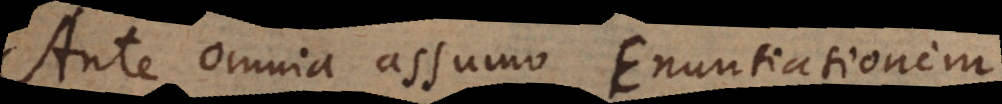
Ante omnia assumo Enuntiationem